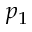
p _ { 1 }